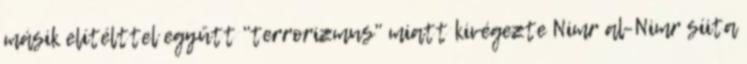
másik elítélttel együtt "terrorizmus" miatt kivégezte Nimr al-Nimr síita